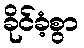
ခိုင်ခံ့စွာ